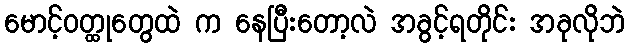
မောင့်ဝတ္ထုတွေထဲ က နေပြီးတော့လဲ အခွင့်ရတိုင်း အခုလိုဘဲ